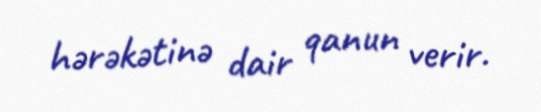
hərəkətinə dair qanun verir.